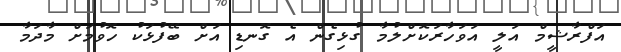
އަފްރާޝީމް އަލީ އަވަހާރަކޮށްލުމާ ގުޅިގެން އެ ގޮނޑި އަށް ބޭފުޅަކު ހޮވުމަށް މާދަމާ